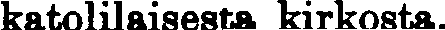
katolilaisesta kirkosta.